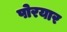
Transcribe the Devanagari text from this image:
पोरयार